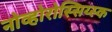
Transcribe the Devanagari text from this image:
नोव्होरोस्सिय्स्क